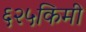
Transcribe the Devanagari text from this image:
६२५किमी